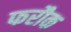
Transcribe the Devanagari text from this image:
फरौक